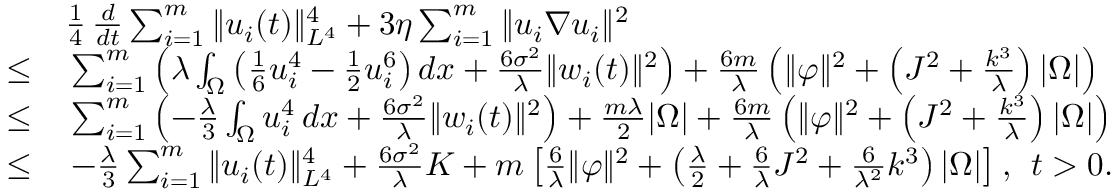
\begin{array} { r l } & { \frac { 1 } { 4 } \, \frac { d } { d t } \sum _ { i = 1 } ^ { m } \| u _ { i } ( t ) \| _ { L ^ { 4 } } ^ { 4 } + 3 \eta \sum _ { i = 1 } ^ { m } \| u _ { i } \nabla u _ { i } \| ^ { 2 } } \\ { \leq } & { \, \sum _ { i = 1 } ^ { m } \left( \lambda \int _ { \Omega } \left( \frac { 1 } { 6 } u _ { i } ^ { 4 } - \frac { 1 } { 2 } u _ { i } ^ { 6 } \right) d x + \frac { 6 \sigma ^ { 2 } } { \lambda } \| w _ { i } ( t ) \| ^ { 2 } \right) + \frac { 6 m } { \lambda } \left( \| \varphi \| ^ { 2 } + \left( J ^ { 2 } + \frac { k ^ { 3 } } { \lambda } \right) | \Omega | \right) } \\ { \leq } & { \, \sum _ { i = 1 } ^ { m } \left( - \frac { \lambda } { 3 } \int _ { \Omega } u _ { i } ^ { 4 } \, d x + \frac { 6 \sigma ^ { 2 } } { \lambda } \| w _ { i } ( t ) \| ^ { 2 } \right) + \frac { m \lambda } { 2 } | \Omega | + \frac { 6 m } { \lambda } \left( \| \varphi \| ^ { 2 } + \left( J ^ { 2 } + \frac { k ^ { 3 } } { \lambda } \right) | \Omega | \right) } \\ { \leq } & { \, - \frac { \lambda } { 3 } \sum _ { i = 1 } ^ { m } \| u _ { i } ( t ) \| _ { L ^ { 4 } } ^ { 4 } + \frac { 6 \sigma ^ { 2 } } { \lambda } K + m \left[ \frac { 6 } { \lambda } \| \varphi \| ^ { 2 } + \left( \frac { \lambda } { 2 } + \frac { 6 } { \lambda } J ^ { 2 } + \frac { 6 } { \lambda ^ { 2 } } k ^ { 3 } \right) | \Omega | \right] , \; \, t > 0 . } \end{array}